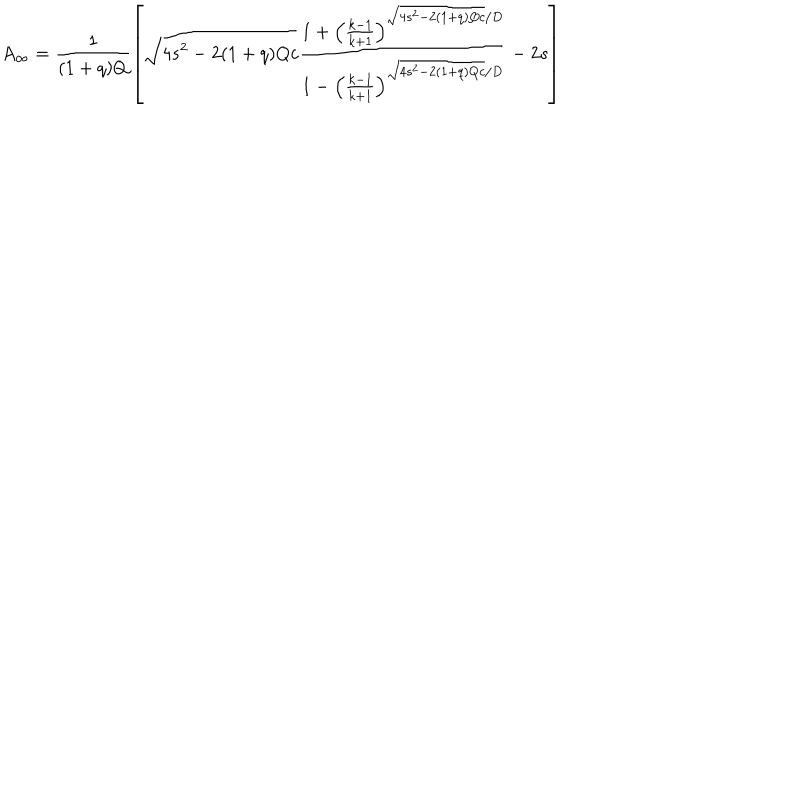
A _ { \infty } = \frac { 1 } { ( 1 + q ) Q } \left[ \sqrt { 4 s ^ { 2 } - 2 ( 1 + q ) Q c } \frac { 1 + \left( \frac { k - 1 } { k + 1 } \right) ^ { \sqrt { 4 s ^ { 2 } - 2 ( 1 + q ) Q c } / D } } { 1 - \left( \frac { k - 1 } { k + 1 } \right) ^ { \sqrt { 4 s ^ { 2 } - 2 ( 1 + q ) Q c } / D } } - 2 s \right]